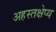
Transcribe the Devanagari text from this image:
अहस्तक्षेप्य